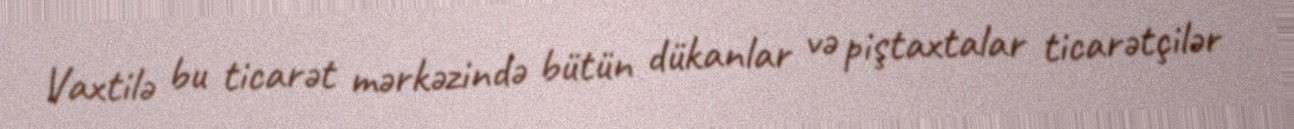
Vaxtilə bu ticarət mərkəzində bütün dükanlar və piştaxtalar ticarətçilər